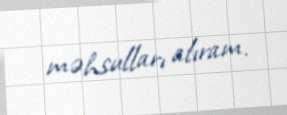
məhsulları alıram.